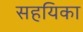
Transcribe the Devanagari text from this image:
सहयिका